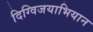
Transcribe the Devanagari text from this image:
दिग्विजयाभियान